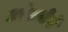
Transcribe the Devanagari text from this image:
ओलमेडो